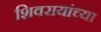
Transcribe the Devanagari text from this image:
शिवरायांच्या